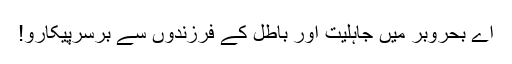
اے بحروبر میں جاہلیت اور باطل کے فرزندوں سے برسرِپیکارو!